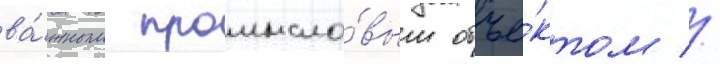
ва́жным промысло́вым объе́ктом //